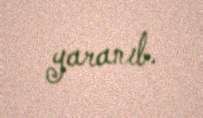
yaranıb.